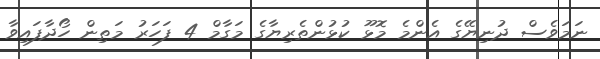
ނަމަވެސް ދުނިޔޭގެ އެންމެ މޮޅޫ ކުޅުންތެރިޔާގެ މަގާމް 4 ފަހަރު މަތިން ހޯދާފައިވާ